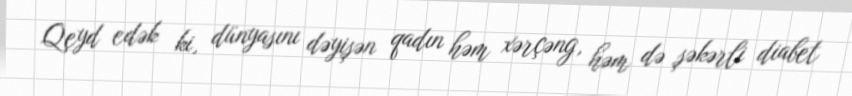
Qeyd edək ki, dünyasını dəyişən qadın həm xərçəng, həm də şəkərli diabet